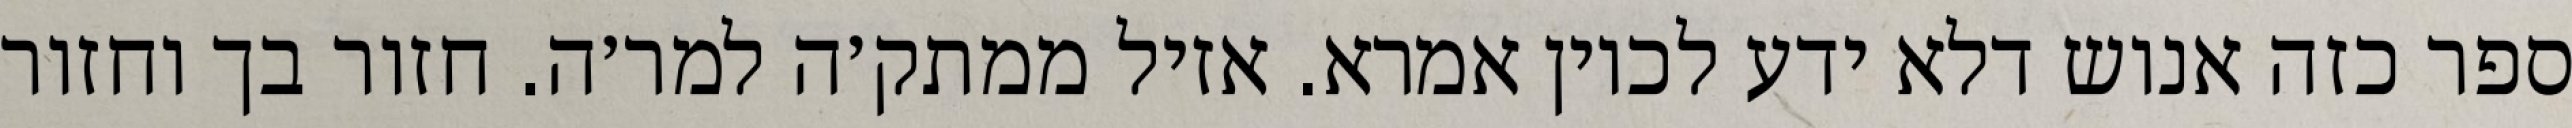
ספר כזה אנוש דלא ידע לכוין אמרא. אזיל ממתק׳ה למר׳ה. חזור בך וחזור